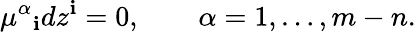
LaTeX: \mu^{\alpha}{}_{\mathbf{i}}dz^{\mathbf{i}}=0,\qquad\alpha=1,\ldots,m-n.